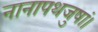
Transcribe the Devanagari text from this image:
नानापथजुषां।